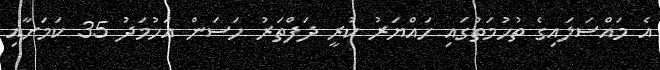
އެ މައްސަލައިގެ ތުހުމަތުގައި ހައްޔަރު ކުރީ ދަފްތަރު ހަސަން އަހުމަދު 35 ކަމަށާއި